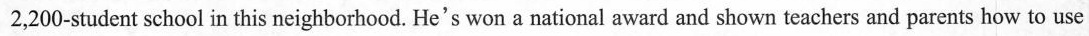
2,200-student school in this neighborhood. He's won a national award and shown teachers and parents how to use